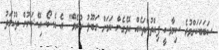
ސަބަބަކަށްވުރެ ސިޔާސީ ފިއްތުންތަކެއް އޮވެގެން ކަމަށް ގަބޫލު ކުރެވޭ" އެ އެސޯސިއޭޝަނުން ތުހުމަތު